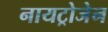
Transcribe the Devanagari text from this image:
नायट्रोजेन